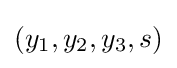
(y_{1},y_{2},y_{3},s)